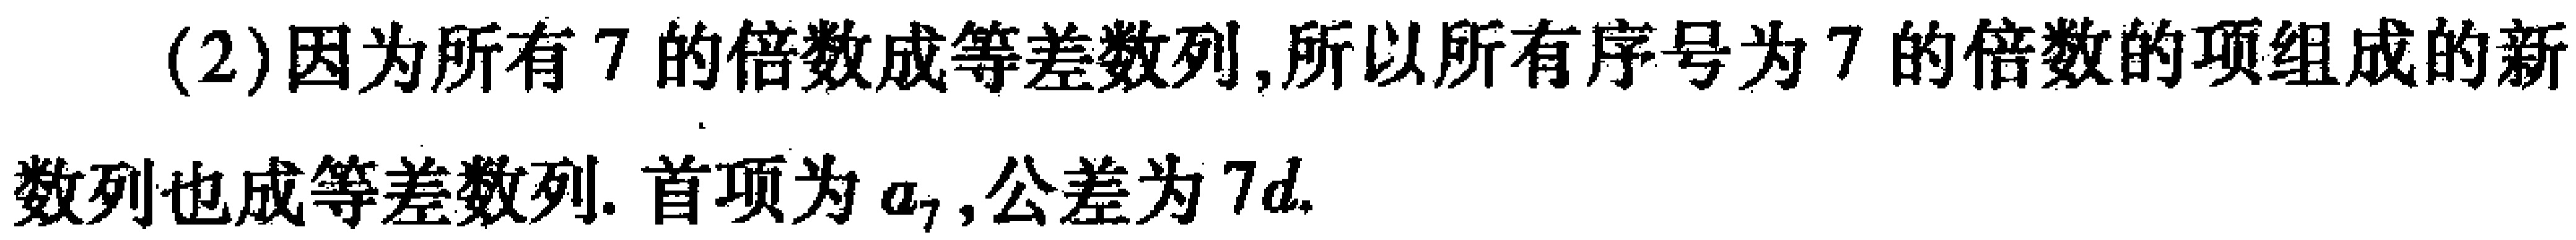
(2)因为所有\(7\)的倍数成等差数列,所以所有序号为\(7\)的倍数的项组成的新数列也成等差数列. 首项为\(a_{7}\),公差为\(7d\).